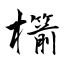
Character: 櫤